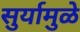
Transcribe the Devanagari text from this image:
सुर्यामुळे